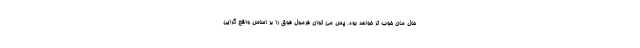
حال مان خوب تر خواهد بود. پس می توان فرمول فوق را بر اساس واقع گرایی